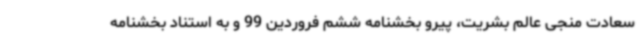
سعادت منجی عالم بشریت، پیرو بخشنامه ششم فروردین 99 و به استناد بخشنامه